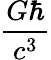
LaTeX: \frac{G\hbar}{c^{3}}